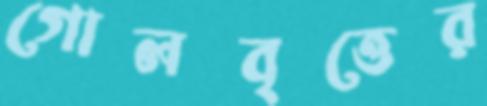
গোলবৃত্তের